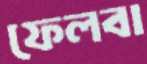
ফেলবা